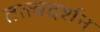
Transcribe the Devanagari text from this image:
तत्त्वदर्शन